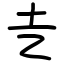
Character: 㐋